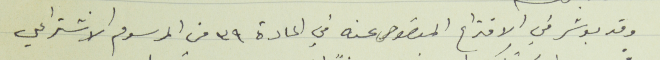
وقد بوشر في الاقتراع المنصوص عنه في المادة ٣٩ من المرسوم الاشتراعي